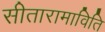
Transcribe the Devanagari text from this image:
सीतारामाविति